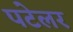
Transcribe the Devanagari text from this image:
पटेलर